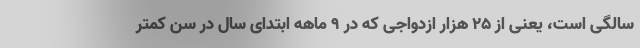
سالگی است، یعنی از ۲۵ هزار ازدواجی که در ۹ ماهه ابتدای سال در سن کمتر